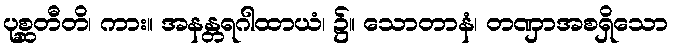
ပုစ္ဆတီတိ၊ ကား။ အနန္တရဂါထာယံ၊ ၌။ သောတာနံ၊ တဏှာအစရှိသော